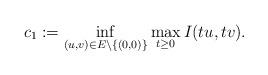
LaTeX: \begin{align*}c_{1}:=\mathop{\inf}\limits_{(u,v)\in E\setminus\{(0,0)\}}\mathop{\max}\limits_{t\geq0}I(tu,tv).\end{align*}